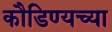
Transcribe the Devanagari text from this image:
कौडिण्यच्या